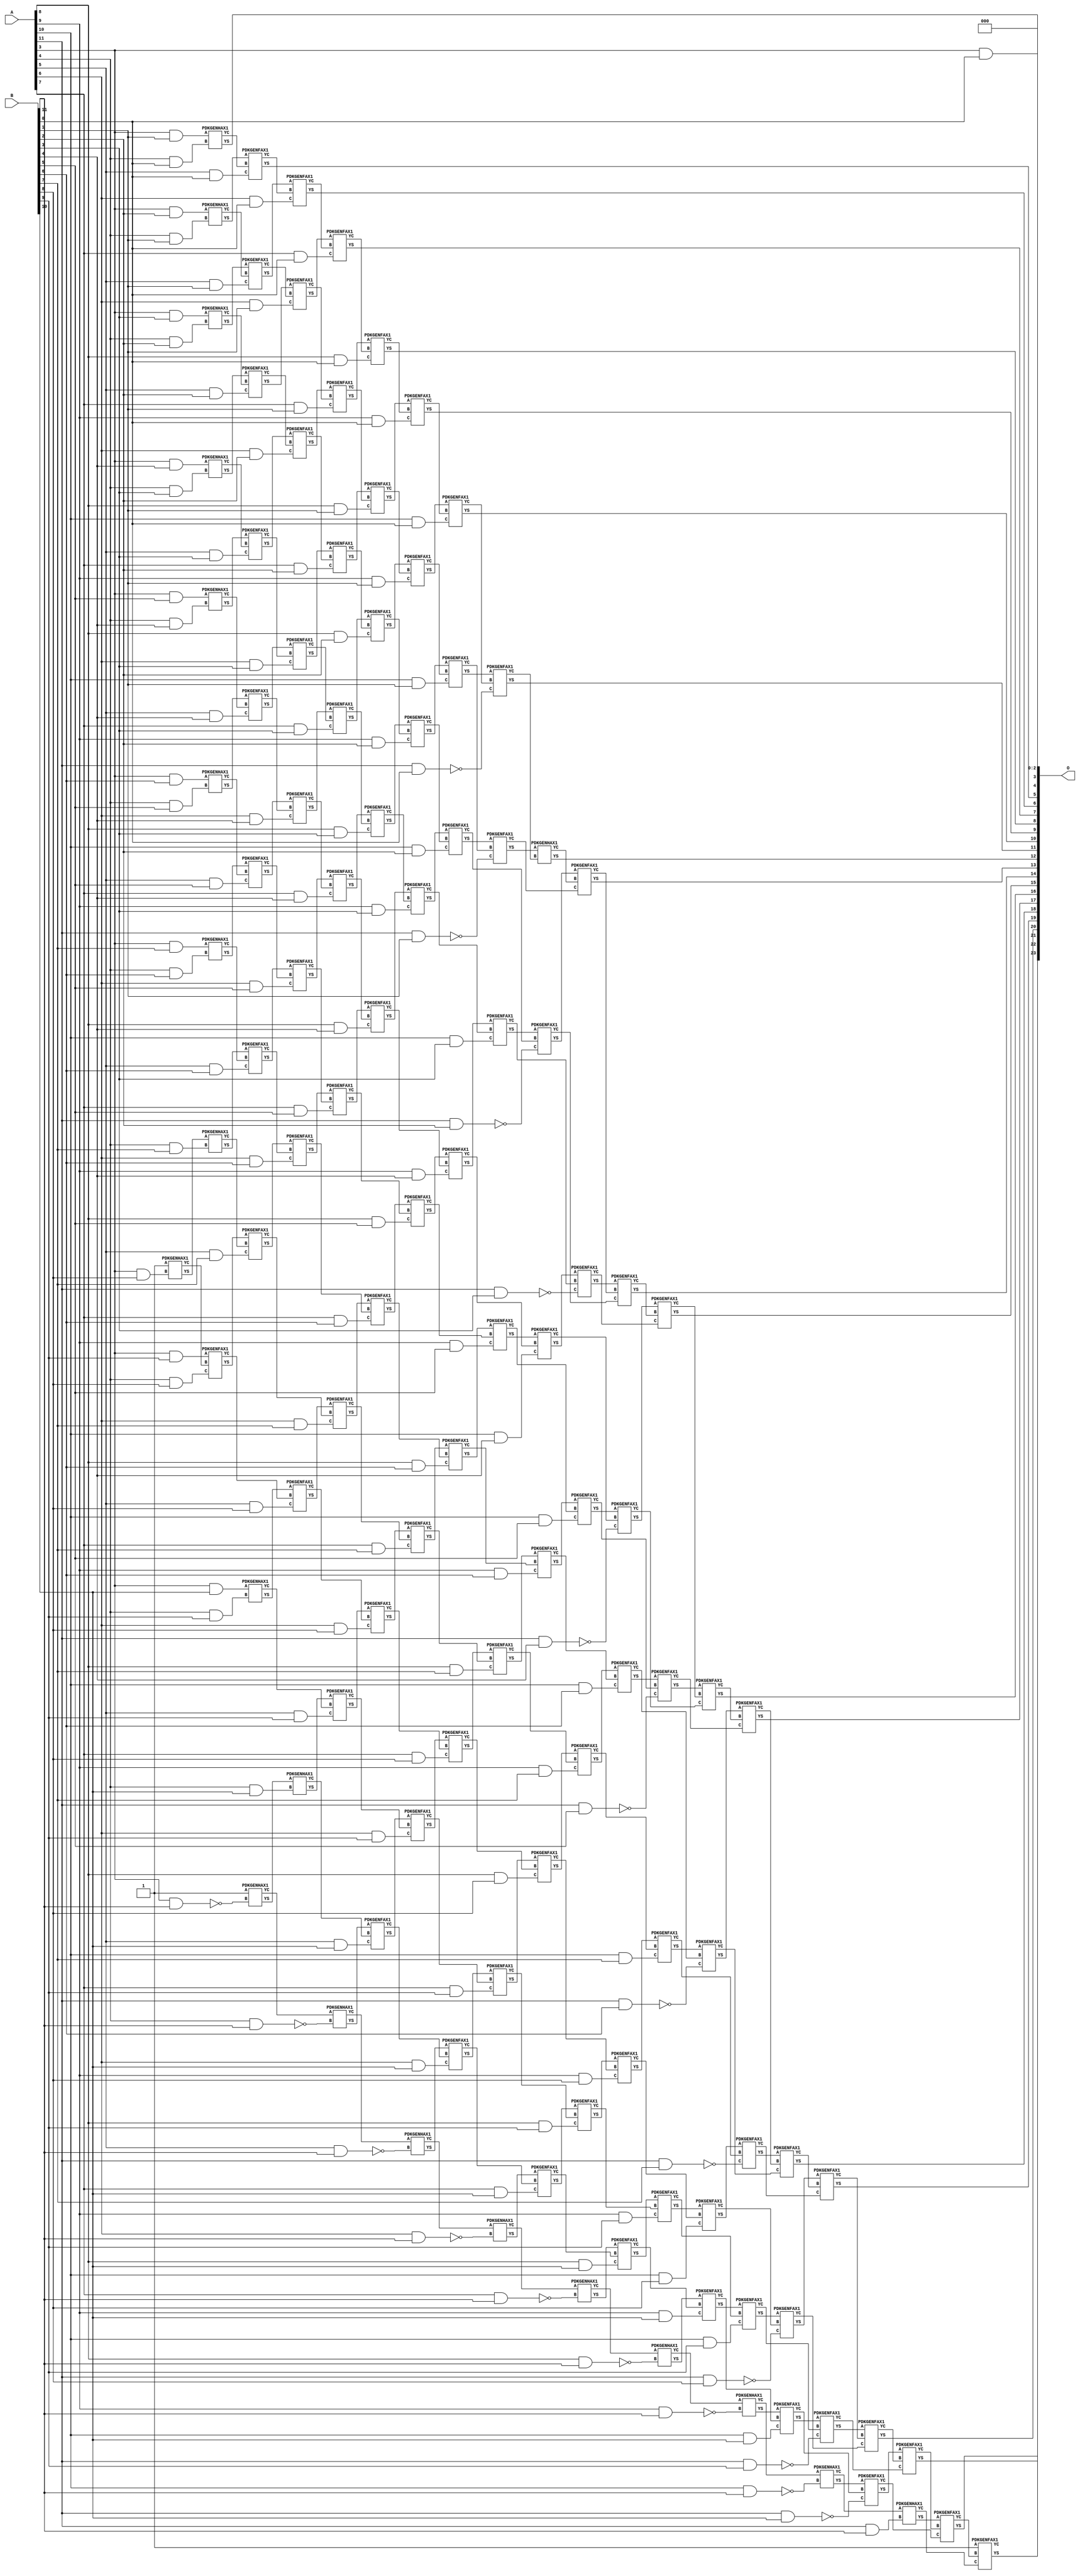
/***
* This code is a part of EvoApproxLib library (ehw.fit.vutbr.cz/approxlib) distributed under The MIT License.
* When used, please cite the following article(s): V. Mrazek, Z. Vasicek, L. Sekanina, H. Jiang and J. Han, "Scalable Construction of Approximate Multipliers With Formally Guaranteed Worst Case Error" in IEEE Transactions on Very Large Scale Integration (VLSI) Systems, vol. 26, no. 11, pp. 2572-2576, Nov. 2018. doi: 10.1109/TVLSI.2018.2856362 
* This file contains a circuit from a sub-set of pareto optimal circuits with respect to the pwr and ep parameters
***/
// MAE% = 0.021 %
// MAE = 3584 
// WCE% = 0.085 %
// WCE = 14336 
// WCRE% = 700.00 %
// EP% = 87.48 %
// MRE% = 1.45 %
// MSE = 24466.776e3 
// PDK45_PWR = 0.850 mW
// PDK45_AREA = 1300.4 um2
// PDK45_DELAY = 1.99 ns


module mul12s_2J2 ( A, B, O );
  input [11:0] A;
  input [11:0] B;
  output [23:0] O;

  wire C_10_0,C_10_1,C_10_10,C_10_11,C_10_2,C_10_3,C_10_4,C_10_5,C_10_6,C_10_7,C_10_8,C_10_9,C_11_0,C_11_1,C_11_10,C_11_11,C_11_2,C_11_3,C_11_4,C_11_5,C_11_6,C_11_7,C_11_8,C_11_9,C_12_0,C_12_1,C_12_10,C_12_11,C_12_2,C_12_3,C_12_4,C_12_5,C_12_6,C_12_7,C_12_8,C_12_9,C_3_11,C_3_8,C_4_0,C_4_1,C_4_10,C_4_11,C_4_2,C_4_3,C_4_4,C_4_5,C_4_6,C_4_7,C_4_8,C_4_9,C_5_0,C_5_1,C_5_10,C_5_11,C_5_2,C_5_3,C_5_4,C_5_5,C_5_6,C_5_7,C_5_8,C_5_9,C_6_0,C_6_1,C_6_10,C_6_11,C_6_2,C_6_3,C_6_4,C_6_5,C_6_6,C_6_7,C_6_8,C_6_9,C_7_0,C_7_1,C_7_10,C_7_11,C_7_2,C_7_3,C_7_4,C_7_5,C_7_6,C_7_7,C_7_8,C_7_9,C_8_0,C_8_1,C_8_10,C_8_11,C_8_2,C_8_3,C_8_4,C_8_5,C_8_6,C_8_7,C_8_8,C_8_9,C_9_0,C_9_1,C_9_10,C_9_11,C_9_2,C_9_3,C_9_4,C_9_5,C_9_6,C_9_7,C_9_8,C_9_9,S_0_11,S_10_0,S_10_1,S_10_10,S_10_11,S_10_2,S_10_3,S_10_4,S_10_5,S_10_6,S_10_7,S_10_8,S_10_9,S_11_0,S_11_1,S_11_10,S_11_11,S_11_2,S_11_3,S_11_4,S_11_5,S_11_6,S_11_7,S_11_8,S_11_9,S_12_0,S_12_1,S_12_10,S_12_11,S_12_2,S_12_3,S_12_4,S_12_5,S_12_6,S_12_7,S_12_8,S_12_9,S_1_10,S_2_9,S_3_0,S_3_1,S_3_10,S_3_11,S_3_2,S_3_3,S_3_4,S_3_5,S_3_6,S_3_7,S_3_8,S_3_9,S_4_0,S_4_1,S_4_10,S_4_11,S_4_2,S_4_3,S_4_4,S_4_5,S_4_6,S_4_7,S_4_8,S_4_9,S_5_0,S_5_1,S_5_10,S_5_11,S_5_2,S_5_3,S_5_4,S_5_5,S_5_6,S_5_7,S_5_8,S_5_9,S_6_0,S_6_1,S_6_10,S_6_11,S_6_2,S_6_3,S_6_4,S_6_5,S_6_6,S_6_7,S_6_8,S_6_9,S_7_0,S_7_1,S_7_10,S_7_11,S_7_2,S_7_3,S_7_4,S_7_5,S_7_6,S_7_7,S_7_8,S_7_9,S_8_0,S_8_1,S_8_10,S_8_11,S_8_2,S_8_3,S_8_4,S_8_5,S_8_6,S_8_7,S_8_8,S_8_9,S_9_0,S_9_1,S_9_10,S_9_11,S_9_2,S_9_3,S_9_4,S_9_5,S_9_6,S_9_7,S_9_8,S_9_9;

  assign S_0_11 = 1'b1;
  assign S_1_10 = 1'b1;
  assign S_2_9 = 1'b1;
  assign S_3_0 = (A[3] & B[0]);
  assign S_3_1 = (A[3] & B[1]);
  assign S_3_2 = (A[3] & B[2]);
  assign S_3_3 = (A[3] & B[3]);
  assign S_3_4 = (A[3] & B[4]);
  assign S_3_5 = (A[3] & B[5]);
  assign S_3_6 = (A[3] & B[6]);
  assign S_3_7 = (A[3] & B[7]);
  PDKGENHAX1 U33885 (.A(S_2_9), .B((A[3] & B[8])), .YS(S_3_8), .YC(C_3_8));
  assign S_3_9 = (A[3] & B[9]);
  assign S_3_10 = (A[3] & B[10]);
  PDKGENHAX1 U33888 (.A(1'b1), .B(~(A[3] & B[11])), .YS(S_3_11), .YC(C_3_11));
  PDKGENHAX1 U33889 (.A(S_3_1), .B((A[4] & B[0])), .YS(S_4_0), .YC(C_4_0));
  PDKGENHAX1 U33890 (.A(S_3_2), .B((A[4] & B[1])), .YS(S_4_1), .YC(C_4_1));
  PDKGENHAX1 U33891 (.A(S_3_3), .B((A[4] & B[2])), .YS(S_4_2), .YC(C_4_2));
  PDKGENHAX1 U33892 (.A(S_3_4), .B((A[4] & B[3])), .YS(S_4_3), .YC(C_4_3));
  PDKGENHAX1 U33893 (.A(S_3_5), .B((A[4] & B[4])), .YS(S_4_4), .YC(C_4_4));
  PDKGENHAX1 U33894 (.A(S_3_6), .B((A[4] & B[5])), .YS(S_4_5), .YC(C_4_5));
  PDKGENHAX1 U33895 (.A(S_3_7), .B((A[4] & B[6])), .YS(S_4_6), .YC(C_4_6));
  PDKGENHAX1 U33896 (.A(S_3_8), .B((A[4] & B[7])), .YS(S_4_7), .YC(C_4_7));
  PDKGENFAX1 U33897 (.A(S_3_9), .B(C_3_8), .C((A[4] & B[8])), .YS(S_4_8), .YC(C_4_8));
  PDKGENHAX1 U33898 (.A(S_3_10), .B((A[4] & B[9])), .YS(S_4_9), .YC(C_4_9));
  PDKGENHAX1 U33899 (.A(S_3_11), .B((A[4] & B[10])), .YS(S_4_10), .YC(C_4_10));
  PDKGENHAX1 U33900 (.A(C_3_11), .B(~(A[4] & B[11])), .YS(S_4_11), .YC(C_4_11));
  PDKGENFAX1 U33901 (.A(S_4_1), .B(C_4_0), .C((A[5] & B[0])), .YS(S_5_0), .YC(C_5_0));
  PDKGENFAX1 U33902 (.A(S_4_2), .B(C_4_1), .C((A[5] & B[1])), .YS(S_5_1), .YC(C_5_1));
  PDKGENFAX1 U33903 (.A(S_4_3), .B(C_4_2), .C((A[5] & B[2])), .YS(S_5_2), .YC(C_5_2));
  PDKGENFAX1 U33904 (.A(S_4_4), .B(C_4_3), .C((A[5] & B[3])), .YS(S_5_3), .YC(C_5_3));
  PDKGENFAX1 U33905 (.A(S_4_5), .B(C_4_4), .C((A[5] & B[4])), .YS(S_5_4), .YC(C_5_4));
  PDKGENFAX1 U33906 (.A(S_4_6), .B(C_4_5), .C((A[5] & B[5])), .YS(S_5_5), .YC(C_5_5));
  PDKGENFAX1 U33907 (.A(S_4_7), .B(C_4_6), .C((A[5] & B[6])), .YS(S_5_6), .YC(C_5_6));
  PDKGENFAX1 U33908 (.A(S_4_8), .B(C_4_7), .C((A[5] & B[7])), .YS(S_5_7), .YC(C_5_7));
  PDKGENFAX1 U33909 (.A(S_4_9), .B(C_4_8), .C((A[5] & B[8])), .YS(S_5_8), .YC(C_5_8));
  PDKGENFAX1 U33910 (.A(S_4_10), .B(C_4_9), .C((A[5] & B[9])), .YS(S_5_9), .YC(C_5_9));
  PDKGENFAX1 U33911 (.A(S_4_11), .B(C_4_10), .C((A[5] & B[10])), .YS(S_5_10), .YC(C_5_10));
  PDKGENHAX1 U33912 (.A(C_4_11), .B(~(A[5] & B[11])), .YS(S_5_11), .YC(C_5_11));
  PDKGENFAX1 U33913 (.A(S_5_1), .B(C_5_0), .C((A[6] & B[0])), .YS(S_6_0), .YC(C_6_0));
  PDKGENFAX1 U33914 (.A(S_5_2), .B(C_5_1), .C((A[6] & B[1])), .YS(S_6_1), .YC(C_6_1));
  PDKGENFAX1 U33915 (.A(S_5_3), .B(C_5_2), .C((A[6] & B[2])), .YS(S_6_2), .YC(C_6_2));
  PDKGENFAX1 U33916 (.A(S_5_4), .B(C_5_3), .C((A[6] & B[3])), .YS(S_6_3), .YC(C_6_3));
  PDKGENFAX1 U33917 (.A(S_5_5), .B(C_5_4), .C((A[6] & B[4])), .YS(S_6_4), .YC(C_6_4));
  PDKGENFAX1 U33918 (.A(S_5_6), .B(C_5_5), .C((A[6] & B[5])), .YS(S_6_5), .YC(C_6_5));
  PDKGENFAX1 U33919 (.A(S_5_7), .B(C_5_6), .C((A[6] & B[6])), .YS(S_6_6), .YC(C_6_6));
  PDKGENFAX1 U33920 (.A(S_5_8), .B(C_5_7), .C((A[6] & B[7])), .YS(S_6_7), .YC(C_6_7));
  PDKGENFAX1 U33921 (.A(S_5_9), .B(C_5_8), .C((A[6] & B[8])), .YS(S_6_8), .YC(C_6_8));
  PDKGENFAX1 U33922 (.A(S_5_10), .B(C_5_9), .C((A[6] & B[9])), .YS(S_6_9), .YC(C_6_9));
  PDKGENFAX1 U33923 (.A(S_5_11), .B(C_5_10), .C((A[6] & B[10])), .YS(S_6_10), .YC(C_6_10));
  PDKGENHAX1 U33924 (.A(C_5_11), .B(~(A[6] & B[11])), .YS(S_6_11), .YC(C_6_11));
  PDKGENFAX1 U33925 (.A(S_6_1), .B(C_6_0), .C((A[7] & B[0])), .YS(S_7_0), .YC(C_7_0));
  PDKGENFAX1 U33926 (.A(S_6_2), .B(C_6_1), .C((A[7] & B[1])), .YS(S_7_1), .YC(C_7_1));
  PDKGENFAX1 U33927 (.A(S_6_3), .B(C_6_2), .C((A[7] & B[2])), .YS(S_7_2), .YC(C_7_2));
  PDKGENFAX1 U33928 (.A(S_6_4), .B(C_6_3), .C((A[7] & B[3])), .YS(S_7_3), .YC(C_7_3));
  PDKGENFAX1 U33929 (.A(S_6_5), .B(C_6_4), .C((A[7] & B[4])), .YS(S_7_4), .YC(C_7_4));
  PDKGENFAX1 U33930 (.A(S_6_6), .B(C_6_5), .C((A[7] & B[5])), .YS(S_7_5), .YC(C_7_5));
  PDKGENFAX1 U33931 (.A(S_6_7), .B(C_6_6), .C((A[7] & B[6])), .YS(S_7_6), .YC(C_7_6));
  PDKGENFAX1 U33932 (.A(S_6_8), .B(C_6_7), .C((A[7] & B[7])), .YS(S_7_7), .YC(C_7_7));
  PDKGENFAX1 U33933 (.A(S_6_9), .B(C_6_8), .C((A[7] & B[8])), .YS(S_7_8), .YC(C_7_8));
  PDKGENFAX1 U33934 (.A(S_6_10), .B(C_6_9), .C((A[7] & B[9])), .YS(S_7_9), .YC(C_7_9));
  PDKGENFAX1 U33935 (.A(S_6_11), .B(C_6_10), .C((A[7] & B[10])), .YS(S_7_10), .YC(C_7_10));
  PDKGENHAX1 U33936 (.A(C_6_11), .B(~(A[7] & B[11])), .YS(S_7_11), .YC(C_7_11));
  PDKGENFAX1 U33937 (.A(S_7_1), .B(C_7_0), .C((A[8] & B[0])), .YS(S_8_0), .YC(C_8_0));
  PDKGENFAX1 U33938 (.A(S_7_2), .B(C_7_1), .C((A[8] & B[1])), .YS(S_8_1), .YC(C_8_1));
  PDKGENFAX1 U33939 (.A(S_7_3), .B(C_7_2), .C((A[8] & B[2])), .YS(S_8_2), .YC(C_8_2));
  PDKGENFAX1 U33940 (.A(S_7_4), .B(C_7_3), .C((A[8] & B[3])), .YS(S_8_3), .YC(C_8_3));
  PDKGENFAX1 U33941 (.A(S_7_5), .B(C_7_4), .C((A[8] & B[4])), .YS(S_8_4), .YC(C_8_4));
  PDKGENFAX1 U33942 (.A(S_7_6), .B(C_7_5), .C((A[8] & B[5])), .YS(S_8_5), .YC(C_8_5));
  PDKGENFAX1 U33943 (.A(S_7_7), .B(C_7_6), .C((A[8] & B[6])), .YS(S_8_6), .YC(C_8_6));
  PDKGENFAX1 U33944 (.A(S_7_8), .B(C_7_7), .C((A[8] & B[7])), .YS(S_8_7), .YC(C_8_7));
  PDKGENFAX1 U33945 (.A(S_7_9), .B(C_7_8), .C((A[8] & B[8])), .YS(S_8_8), .YC(C_8_8));
  PDKGENFAX1 U33946 (.A(S_7_10), .B(C_7_9), .C((A[8] & B[9])), .YS(S_8_9), .YC(C_8_9));
  PDKGENFAX1 U33947 (.A(S_7_11), .B(C_7_10), .C((A[8] & B[10])), .YS(S_8_10), .YC(C_8_10));
  PDKGENHAX1 U33948 (.A(C_7_11), .B(~(A[8] & B[11])), .YS(S_8_11), .YC(C_8_11));
  PDKGENFAX1 U33949 (.A(S_8_1), .B(C_8_0), .C((A[9] & B[0])), .YS(S_9_0), .YC(C_9_0));
  PDKGENFAX1 U33950 (.A(S_8_2), .B(C_8_1), .C((A[9] & B[1])), .YS(S_9_1), .YC(C_9_1));
  PDKGENFAX1 U33951 (.A(S_8_3), .B(C_8_2), .C((A[9] & B[2])), .YS(S_9_2), .YC(C_9_2));
  PDKGENFAX1 U33952 (.A(S_8_4), .B(C_8_3), .C((A[9] & B[3])), .YS(S_9_3), .YC(C_9_3));
  PDKGENFAX1 U33953 (.A(S_8_5), .B(C_8_4), .C((A[9] & B[4])), .YS(S_9_4), .YC(C_9_4));
  PDKGENFAX1 U33954 (.A(S_8_6), .B(C_8_5), .C((A[9] & B[5])), .YS(S_9_5), .YC(C_9_5));
  PDKGENFAX1 U33955 (.A(S_8_7), .B(C_8_6), .C((A[9] & B[6])), .YS(S_9_6), .YC(C_9_6));
  PDKGENFAX1 U33956 (.A(S_8_8), .B(C_8_7), .C((A[9] & B[7])), .YS(S_9_7), .YC(C_9_7));
  PDKGENFAX1 U33957 (.A(S_8_9), .B(C_8_8), .C((A[9] & B[8])), .YS(S_9_8), .YC(C_9_8));
  PDKGENFAX1 U33958 (.A(S_8_10), .B(C_8_9), .C((A[9] & B[9])), .YS(S_9_9), .YC(C_9_9));
  PDKGENFAX1 U33959 (.A(S_8_11), .B(C_8_10), .C((A[9] & B[10])), .YS(S_9_10), .YC(C_9_10));
  PDKGENHAX1 U33960 (.A(C_8_11), .B(~(A[9] & B[11])), .YS(S_9_11), .YC(C_9_11));
  PDKGENFAX1 U33961 (.A(S_9_1), .B(C_9_0), .C((A[10] & B[0])), .YS(S_10_0), .YC(C_10_0));
  PDKGENFAX1 U33962 (.A(S_9_2), .B(C_9_1), .C((A[10] & B[1])), .YS(S_10_1), .YC(C_10_1));
  PDKGENFAX1 U33963 (.A(S_9_3), .B(C_9_2), .C((A[10] & B[2])), .YS(S_10_2), .YC(C_10_2));
  PDKGENFAX1 U33964 (.A(S_9_4), .B(C_9_3), .C((A[10] & B[3])), .YS(S_10_3), .YC(C_10_3));
  PDKGENFAX1 U33965 (.A(S_9_5), .B(C_9_4), .C((A[10] & B[4])), .YS(S_10_4), .YC(C_10_4));
  PDKGENFAX1 U33966 (.A(S_9_6), .B(C_9_5), .C((A[10] & B[5])), .YS(S_10_5), .YC(C_10_5));
  PDKGENFAX1 U33967 (.A(S_9_7), .B(C_9_6), .C((A[10] & B[6])), .YS(S_10_6), .YC(C_10_6));
  PDKGENFAX1 U33968 (.A(S_9_8), .B(C_9_7), .C((A[10] & B[7])), .YS(S_10_7), .YC(C_10_7));
  PDKGENFAX1 U33969 (.A(S_9_9), .B(C_9_8), .C((A[10] & B[8])), .YS(S_10_8), .YC(C_10_8));
  PDKGENFAX1 U33970 (.A(S_9_10), .B(C_9_9), .C((A[10] & B[9])), .YS(S_10_9), .YC(C_10_9));
  PDKGENFAX1 U33971 (.A(S_9_11), .B(C_9_10), .C((A[10] & B[10])), .YS(S_10_10), .YC(C_10_10));
  PDKGENHAX1 U33972 (.A(C_9_11), .B(~(A[10] & B[11])), .YS(S_10_11), .YC(C_10_11));
  PDKGENFAX1 U33973 (.A(S_10_1), .B(C_10_0), .C(~(A[11] & B[0])), .YS(S_11_0), .YC(C_11_0));
  PDKGENFAX1 U33974 (.A(S_10_2), .B(C_10_1), .C(~(A[11] & B[1])), .YS(S_11_1), .YC(C_11_1));
  PDKGENFAX1 U33975 (.A(S_10_3), .B(C_10_2), .C(~(A[11] & B[2])), .YS(S_11_2), .YC(C_11_2));
  PDKGENFAX1 U33976 (.A(S_10_4), .B(C_10_3), .C(~(A[11] & B[3])), .YS(S_11_3), .YC(C_11_3));
  PDKGENFAX1 U33977 (.A(S_10_5), .B(C_10_4), .C(~(A[11] & B[4])), .YS(S_11_4), .YC(C_11_4));
  PDKGENFAX1 U33978 (.A(S_10_6), .B(C_10_5), .C(~(A[11] & B[5])), .YS(S_11_5), .YC(C_11_5));
  PDKGENFAX1 U33979 (.A(S_10_7), .B(C_10_6), .C(~(A[11] & B[6])), .YS(S_11_6), .YC(C_11_6));
  PDKGENFAX1 U33980 (.A(S_10_8), .B(C_10_7), .C(~(A[11] & B[7])), .YS(S_11_7), .YC(C_11_7));
  PDKGENFAX1 U33981 (.A(S_10_9), .B(C_10_8), .C(~(A[11] & B[8])), .YS(S_11_8), .YC(C_11_8));
  PDKGENFAX1 U33982 (.A(S_10_10), .B(C_10_9), .C(~(A[11] & B[9])), .YS(S_11_9), .YC(C_11_9));
  PDKGENFAX1 U33983 (.A(S_10_11), .B(C_10_10), .C(~(A[11] & B[10])), .YS(S_11_10), .YC(C_11_10));
  PDKGENHAX1 U33984 (.A(C_10_11), .B((A[11] & B[11])), .YS(S_11_11), .YC(C_11_11));
  PDKGENHAX1 U33985 (.A(S_11_1), .B(C_11_0), .YS(S_12_0), .YC(C_12_0));
  PDKGENFAX1 U33986 (.A(S_11_2), .B(C_12_0), .C(C_11_1), .YS(S_12_1), .YC(C_12_1));
  PDKGENFAX1 U33987 (.A(S_11_3), .B(C_12_1), .C(C_11_2), .YS(S_12_2), .YC(C_12_2));
  PDKGENFAX1 U33988 (.A(S_11_4), .B(C_12_2), .C(C_11_3), .YS(S_12_3), .YC(C_12_3));
  PDKGENFAX1 U33989 (.A(S_11_5), .B(C_12_3), .C(C_11_4), .YS(S_12_4), .YC(C_12_4));
  PDKGENFAX1 U33990 (.A(S_11_6), .B(C_12_4), .C(C_11_5), .YS(S_12_5), .YC(C_12_5));
  PDKGENFAX1 U33991 (.A(S_11_7), .B(C_12_5), .C(C_11_6), .YS(S_12_6), .YC(C_12_6));
  PDKGENFAX1 U33992 (.A(S_11_8), .B(C_12_6), .C(C_11_7), .YS(S_12_7), .YC(C_12_7));
  PDKGENFAX1 U33993 (.A(S_11_9), .B(C_12_7), .C(C_11_8), .YS(S_12_8), .YC(C_12_8));
  PDKGENFAX1 U33994 (.A(S_11_10), .B(C_12_8), .C(C_11_9), .YS(S_12_9), .YC(C_12_9));
  PDKGENFAX1 U33995 (.A(S_11_11), .B(C_12_9), .C(C_11_10), .YS(S_12_10), .YC(C_12_10));
  PDKGENFAX1 U33996 (.A(1'b1), .B(C_12_10), .C(C_11_11), .YS(S_12_11), .YC(C_12_11));
  assign O = {S_12_11,S_12_10,S_12_9,S_12_8,S_12_7,S_12_6,S_12_5,S_12_4,S_12_3,S_12_2,S_12_1,S_12_0,S_11_0,S_10_0,S_9_0,S_8_0,S_7_0,S_6_0,S_5_0,S_4_0,S_3_0,1'b0,1'b0,1'b0};

endmodule

/* mod */
module PDKGENHAX1( input A, input B, output YS, output YC );
    assign YS = A ^ B;
    assign YC = A & B;
endmodule
/* mod */
module PDKGENFAX1( input A, input B, input C, output YS, output YC );
    assign YS = (A ^ B) ^ C;
    assign YC = (A & B) | (B & C) | (A & C);
endmodule